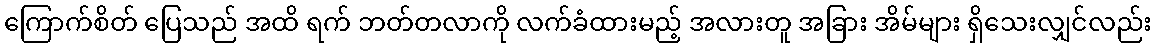
ကြောက်စိတ် ပြေသည် အထိ ရက် ဘတ်တလာကို လက်ခံထားမည့် အလားတူ အခြား အိမ်များ ရှိသေးလျှင်လည်း